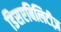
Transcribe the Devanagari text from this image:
डिसएबिलिटीज़